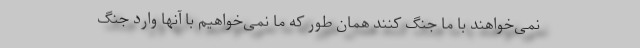
نمی‌خواهند با ما جنگ کنند همان طور که ما نمی‌خواهیم با آنها وارد جنگ